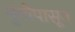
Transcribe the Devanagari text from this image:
मुंगीपासून